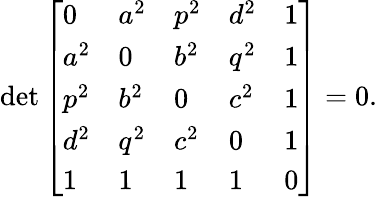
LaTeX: \operatorname*{det}{\left[\begin{array}{lllll}{0}&{a^{2}}&{p^{2}}&{d^{2}}&{1}\\ {a^{2}}&{0}&{b^{2}}&{q^{2}}&{1}\\ {p^{2}}&{b^{2}}&{0}&{c^{2}}&{1}\\ {d^{2}}&{q^{2}}&{c^{2}}&{0}&{1}\\ {1}&{1}&{1}&{1}&{0}\end{array}\right]}=0.